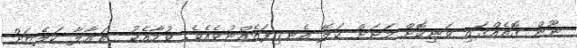
ނޫން ގޮތެއްގައި ވަނިކޮށް މަށަށް ކަލޭ އެނގިފައެއްނުވެއެވެ. ވުމާއެކު  ތަޢާލާ ކަލެޔަށް